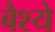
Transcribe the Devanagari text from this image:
बैश्ये